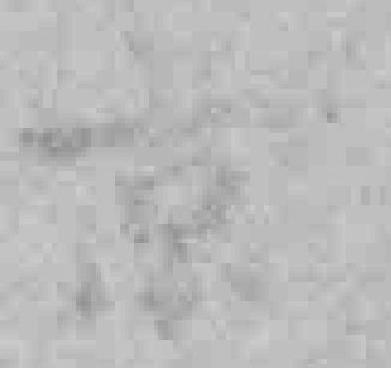
京